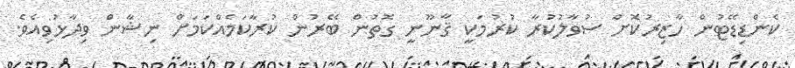
ކެންޑިޑޭޓުން ހާޒިރުކޮށް ސުވާލުކުރާ ކުރުމަކީ ޤާނޫނީ ގޮތުން ބޭރުން ކުރާކަމެއްކަމަށް ނިޝާން ވިދާޅުވިއެވެ.